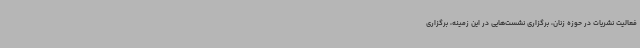
فعالیت نشریات در حوزه زنان، برگزاری نشست‌هایی در این زمینه، برگزاری